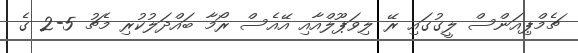
ޗެމްޕިއަންސް ލީގުގައި ރޭ ލިވަޕޫލްއާއި އޭއެސް ރޯމާ ބައްދަލުކުރި މެޗު 5-2 ގެ